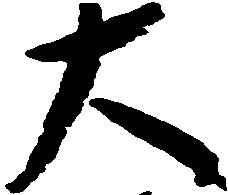
大